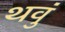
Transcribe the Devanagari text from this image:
थवुं